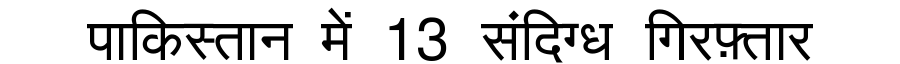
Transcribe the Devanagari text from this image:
पाकिस्तान में 13 संदिग्ध गिरफ़्तार